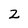
Character: 2